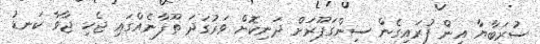
ސުރަބާޔާ އިން ފުރައިގެން ސިންގަޕޫރަށް ދަނިކޮށް ވަރުގަދަ ތޫފާނެއްގައި ޖެހި ޖާވާ ކަނޑު